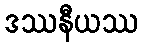
ဒဿနီယဿ